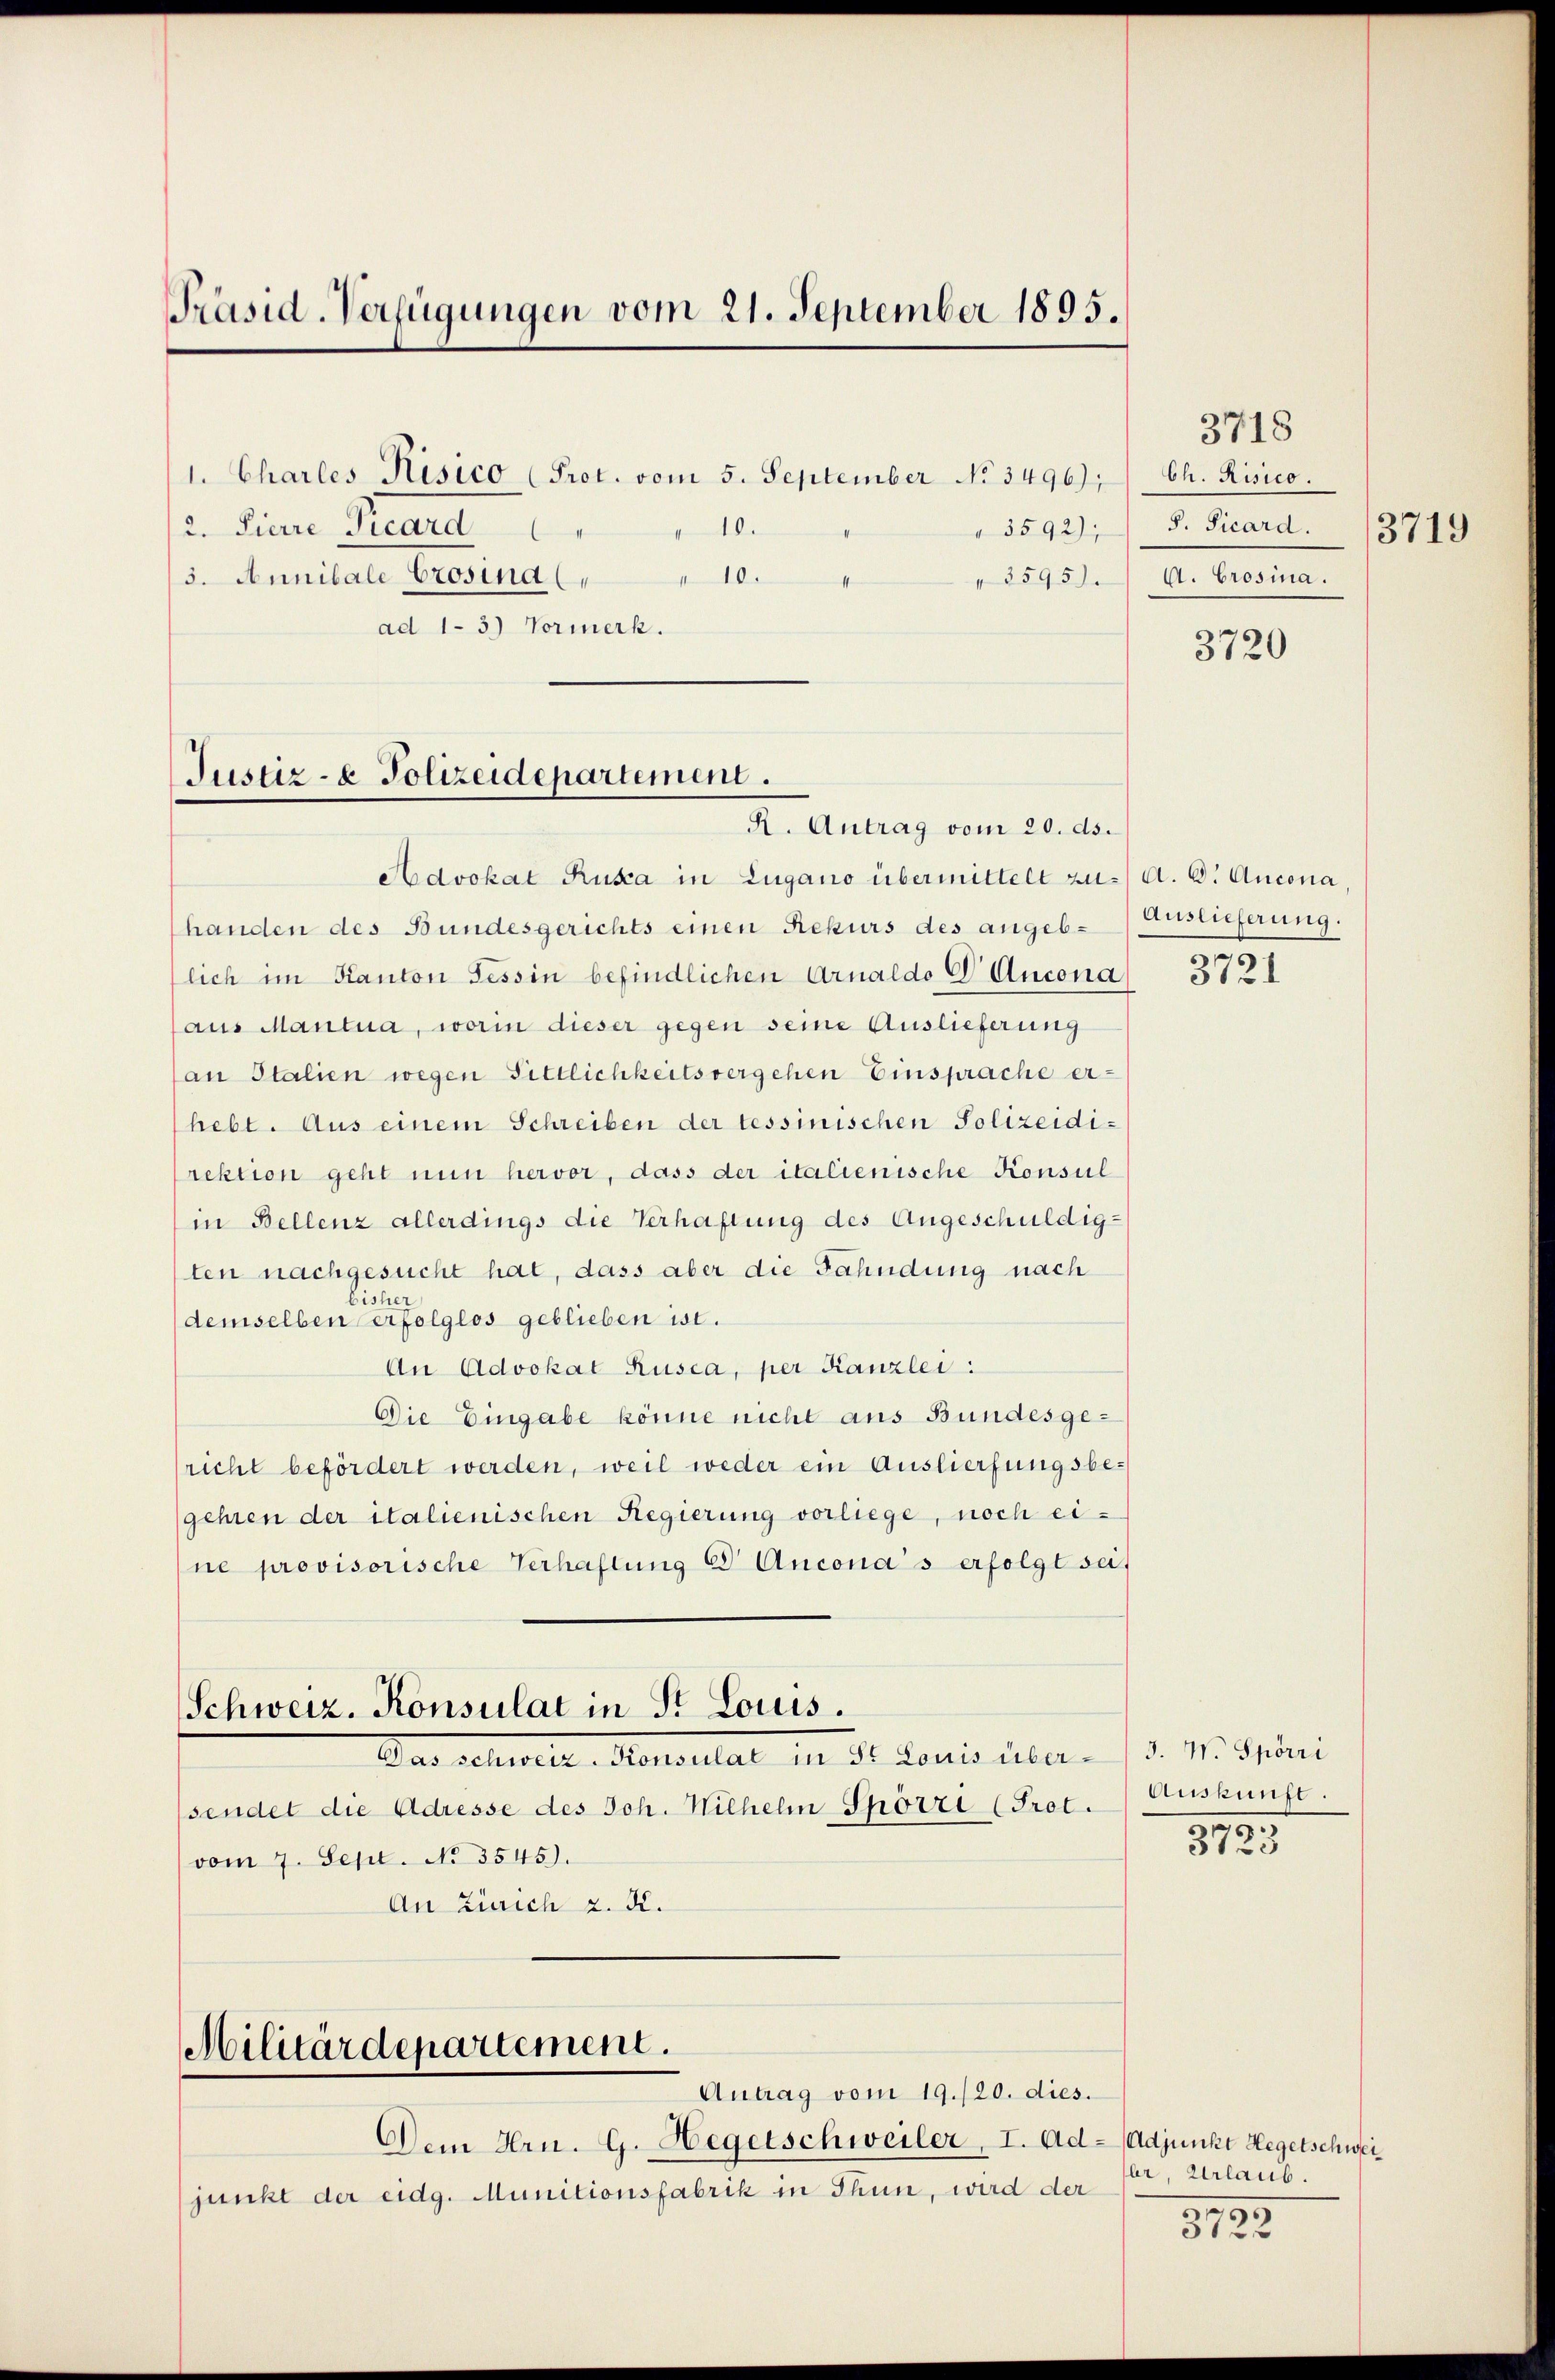
Präsid-Verfügungen vom 21. September 1895.

1. Charles Risico (Prot. vom 5. September No 3496), Ch. Risico.
110.
110.
5. Annitate Crosina,
" 3595).
s
ad 13) Vormerk.

Justiz- & Polizeidepartement.
R. Antrag vom 20. ds.

2. Pierre Picard

Militärdepartement.
Antrag vom 19./20. dies.

" 3592);

Advokat Rusa in Lugano übermittelt zu. A. B. Aucona,
handen des Bundesgerichts einen Rekurs des angeblich im Kanton Tessin befindlichen Arnaldo D Ancona 3721
aus Mantua, worin dieser gegen seine Auslieferung
an Italien wegen Sittlichkeitsvergehen Einsprache erhebt. Aus einem Schreiben der tessinischen Polizeidirektion geht nun hervor, dass der italienische Konsul
in Bellenz allerdings die Verhaftung des Angeschuldig-
ten nachgesucht hat, dass aber die Fahndung nach
bisher
demselben erfolglos geblieben ist.
An Advokat Rusca, per Kanzlei:
Die Eingabe könne nicht aus Bundesgericht befördert werden, weil weder ein Auslierfungsbegehren der italienischen Regierung vorliege, noch eine provisorische Verhaftung es Anconas erfolgt sei
Schweiz. Konsulat in St. Louis.
Das schweiz. Konsulat in d. Louis über d. M. Trini
sendet die Adresse des Joh. Wilhelm Spörri (Prot.
vom 7. Sept. No 3545).
An Zürich 2. K.

Dem Hrn. G. Hegetschweiler, I. Adjunkt der eidg. Munitionsfabrik in Thun, wird der

3718
S. Ficard. (3719
A. Crosina.

3720

Auslieferung.

Auskunft.
.
3723

Adjunkt Hegetschwei
er, Urlaub.
35

3122